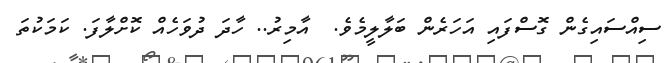
ސިއްސައިގެން ގޮސްފައި އަހަރެން ބަލާލީމެވެ.  އާމިރު.. ހާދަ ދުވަހެއް ކޮށްލާފަ. ކަމަކުތަ